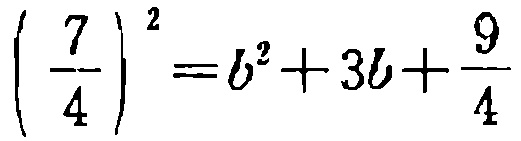
$\left(\frac{7}{4}\right)^{2}=b^{2}+3b+\frac{9}{4}$